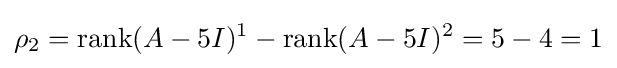
\rho _{2}=\operatorname {rank} (A-5I)^{1}-\operatorname {rank} (A-5I)^{2}=5-4=1